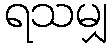
ရသမျှ